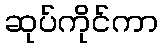
ဆုပ်ကိုင်ကာ